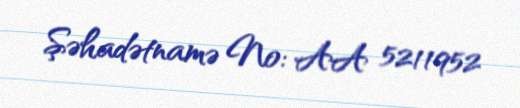
Şəhadətnamə №: AA 5211952